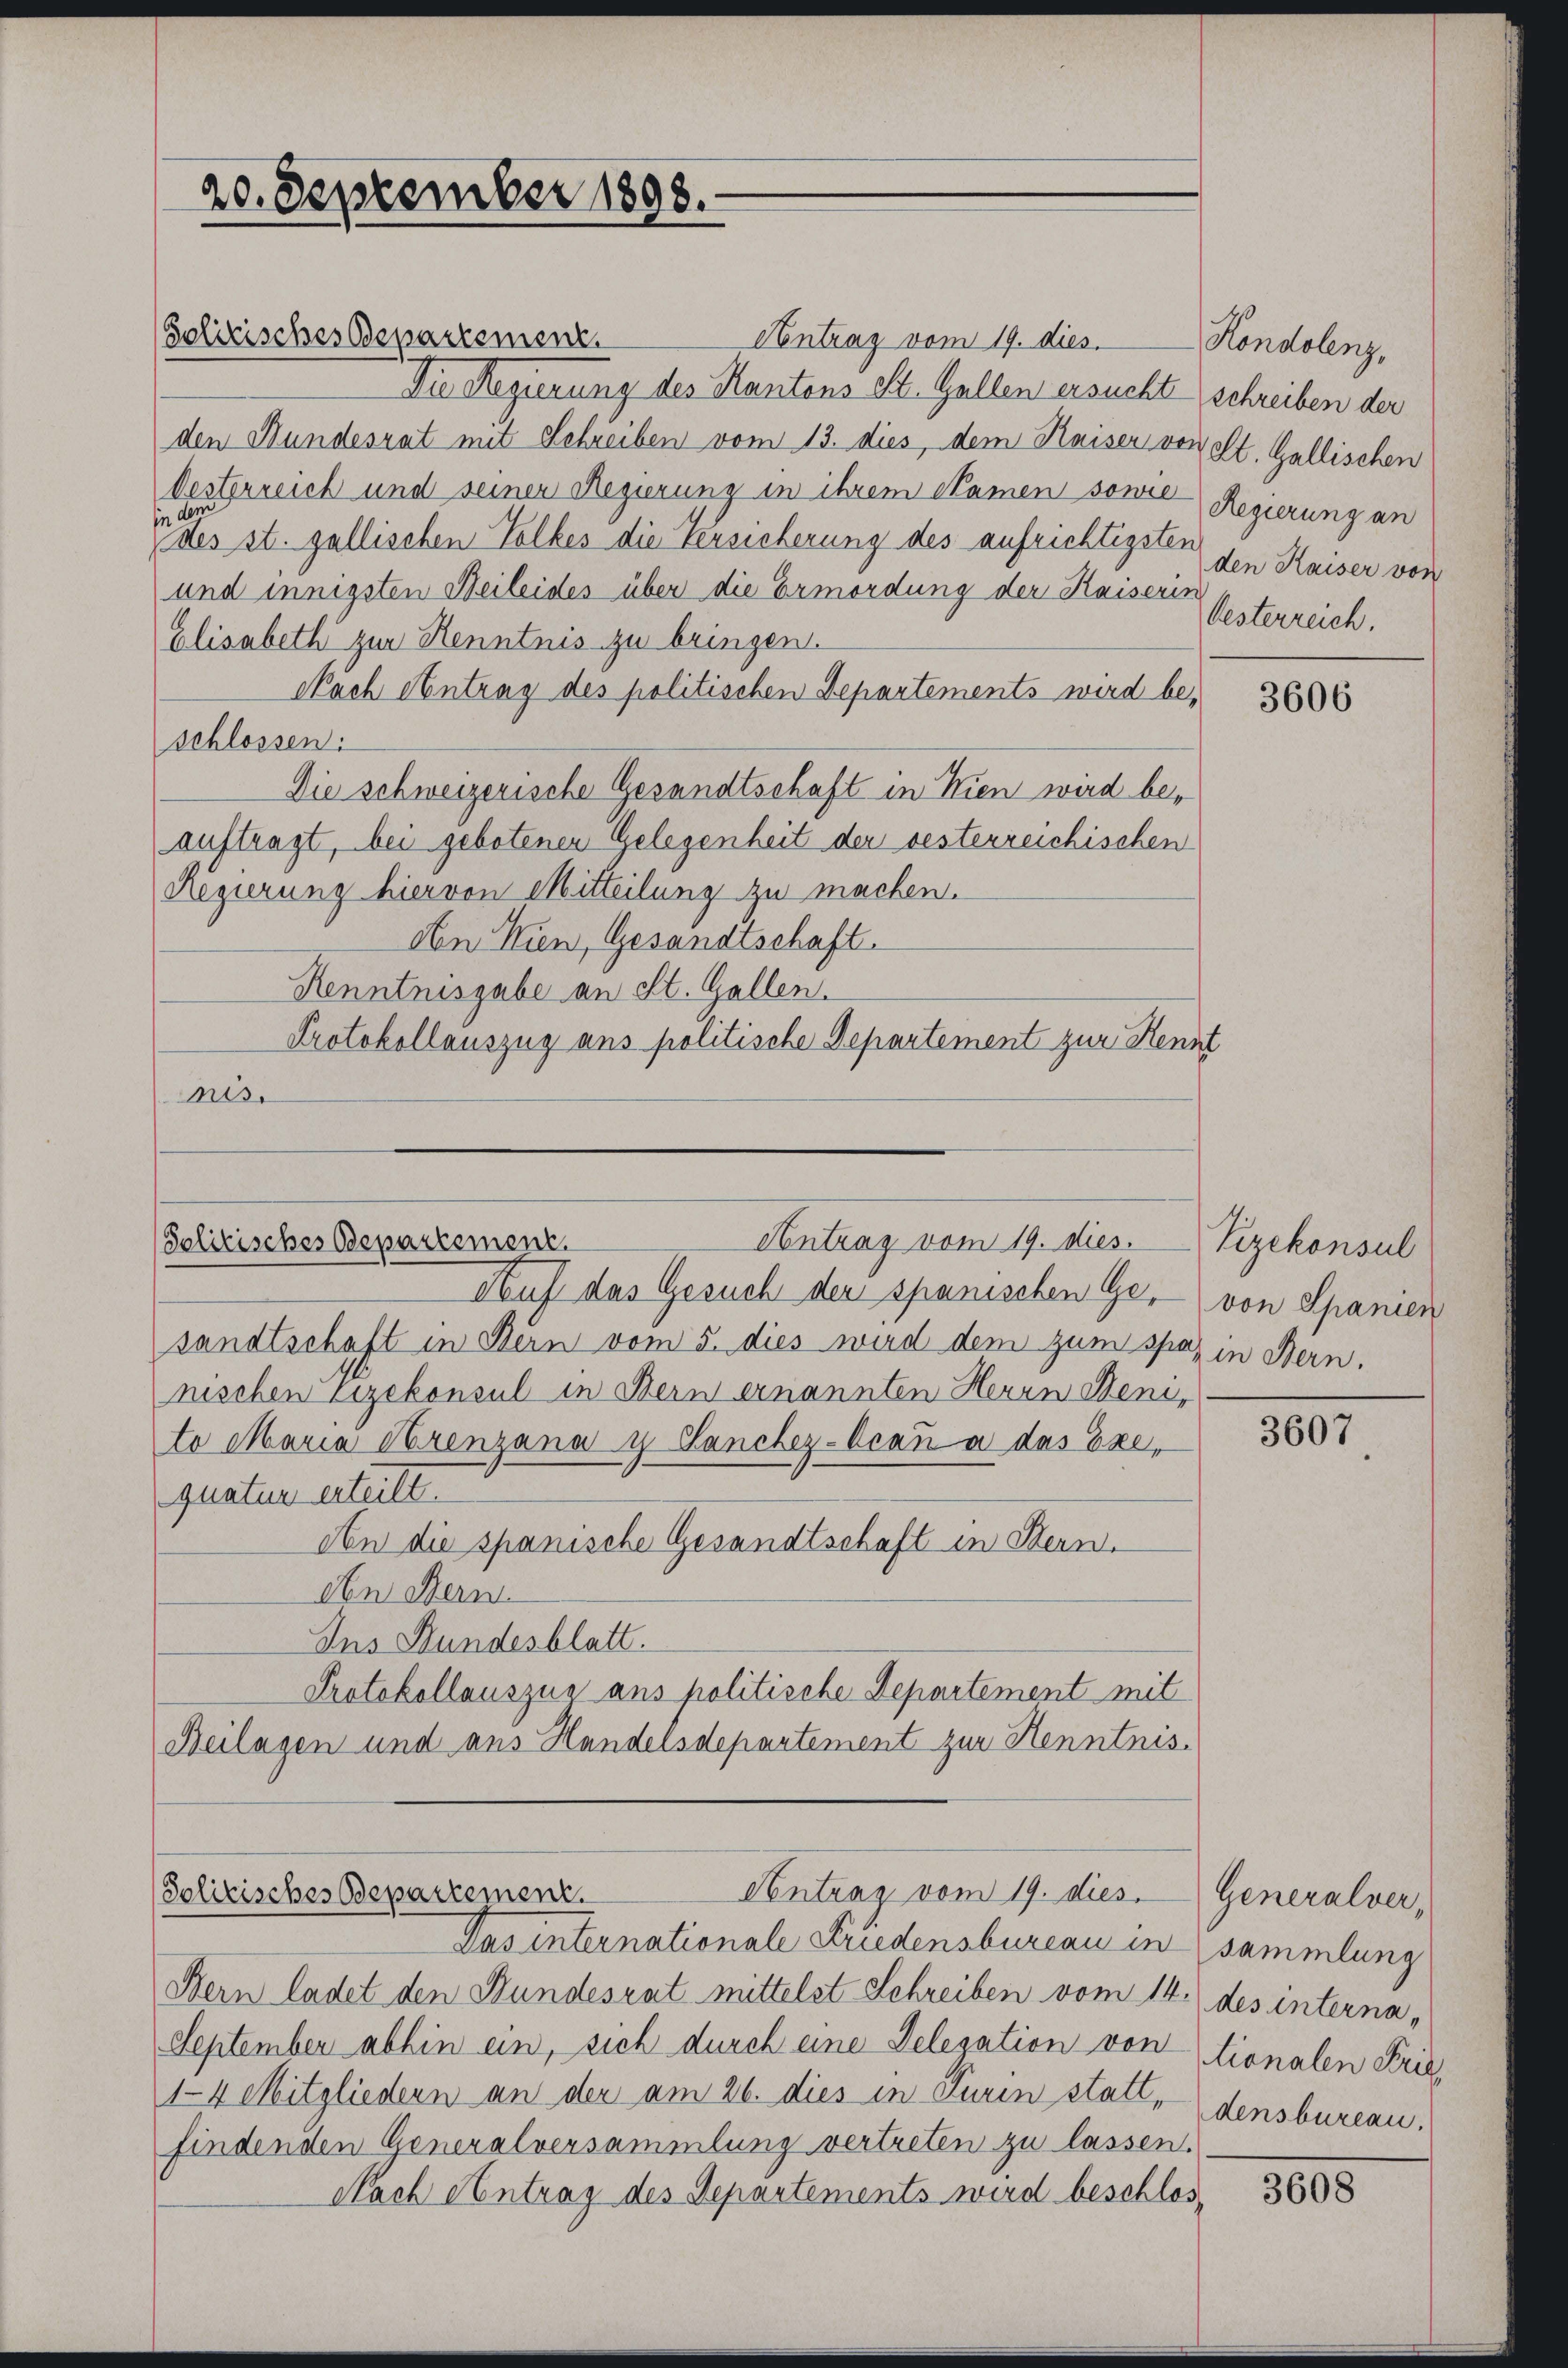
Solitisches Departement.

Contrag vom 19. dies.
Die Regierung des Kantons St. Gallen ersucht schreiben der
den Bundesrat mit Schreiben vom 13. dies, dem Kaiser von et. Gallischen
Oesterreich und seinen Regierung in ihrem Namen sowie Regierung an
des st. gallischen Volkes die Versicherung des aufrichtigsten
und innigsten Beileides über die Ermordung der Kaiserin Esterreich.
Elisabeth zur Kenntnis zu bringen.
Nach Antrag des politischen Departements wird beschlossen:
Die schweizerische Gesandtschaft in Wien wird beauftragt, bei gebotenen Gelegenheit der besterreichischen
Regierung hiervon Mitteilung zu machen.
Aon Kien, Gesandtschaft.
Renntnisgabe an St. Gallen.
Protokollauszug aus politische Departement zur Kennt
nis.

Solitisches Departement.
Antrag vom 19. dies. Vizekonsul

20. September 1898.

Auf das Gesuch der spanischen Ge- von Spanien
sandtschaft in Dein vom 5. dies wird dem zum spar in Bern.
nischen Vizekonsul in Bern ernannten Herrn Benito Maria Grenzana u. Lanchez-Ocan a das Exequatur erteilt.
An die spanische Gesandtschaft in Stern.
Obe Bern
Ins Hundesblatt.
Protokollauszug aus politische Departement mit
Beilagen und aus Handelsdepartement zur Henntnis.

Das internationale Friedensbureau in sammlung
Bern ladet den Hundesrat mittelst Schreiben vom 14. des interna¬
September abhin ein, sich durch eine Delegation von tionalen Frie¬
14 Mitgliedern an der am 26. dies in Turin statt,
findenden Generalversammlung vertreten zu lassen.
Nach entrag des Departements wird beschlos

Antrag vom 19. dies
Politisches Bepartement.

Kondolenz,
den Kaiser von

3606

307

Generalver,
densbureau.

3608